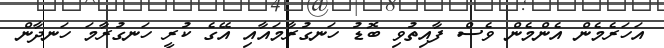
އަހަރެމެން އެންމެން ވެސް ފާއިތުވި ބޮޑު ހަނގުރާމައާއި އޭގެ ކުރީ ހަނގުރާމަ ހަނދާން